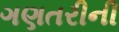
ગણતરીની